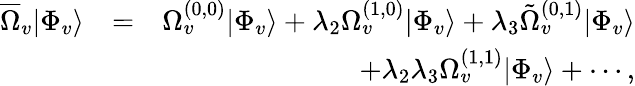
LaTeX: \begin{array}{rlr}{\overline{{\Omega}}_{v}|\Phi_{v}\rangle}&{=}&{\Omega_{v}^{(0,0)}|\Phi_{v}\rangle+\lambda_{2}\Omega_{v}^{(1,0)}|\Phi_{v}\rangle+\lambda_{3}\tilde{\Omega}_{v}^{(0,1)}|\Phi_{v}\rangle}\\ &{}&{+\lambda_{2}\lambda_{3}\Omega_{v}^{(1,1)}|\Phi_{v}\rangle+\cdots,}\end{array}